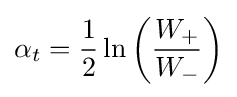
\alpha _{t}={\frac {1}{2}}\ln \left({\frac {W_{+}}{W_{-}}}\right)